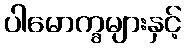
ပါမောက္ခများနှင့်